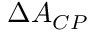
\Delta A _ { C P }